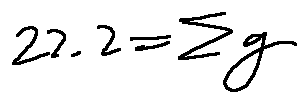
2 2 . 2 = \sum g